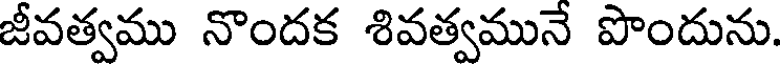
జీవత్వము నొందక శివత్వమునే పొందును.